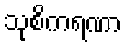
သုစိကရဏာ